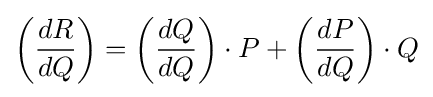
\left({\frac {dR}{dQ}}\right)=\left({\frac {dQ}{dQ}}\right)\cdot P+\left({\frac {dP}{dQ}}\right)\cdot Q